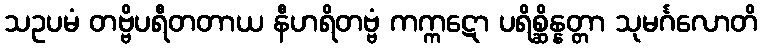
သဥပမံ တဗ္ဗိပရီတတာယ နီဟရိတဗ္ဗံ ကက္ကဋော ပရိစ္ဆိန္နတ္တာ သုမင်္ဂလောတိ